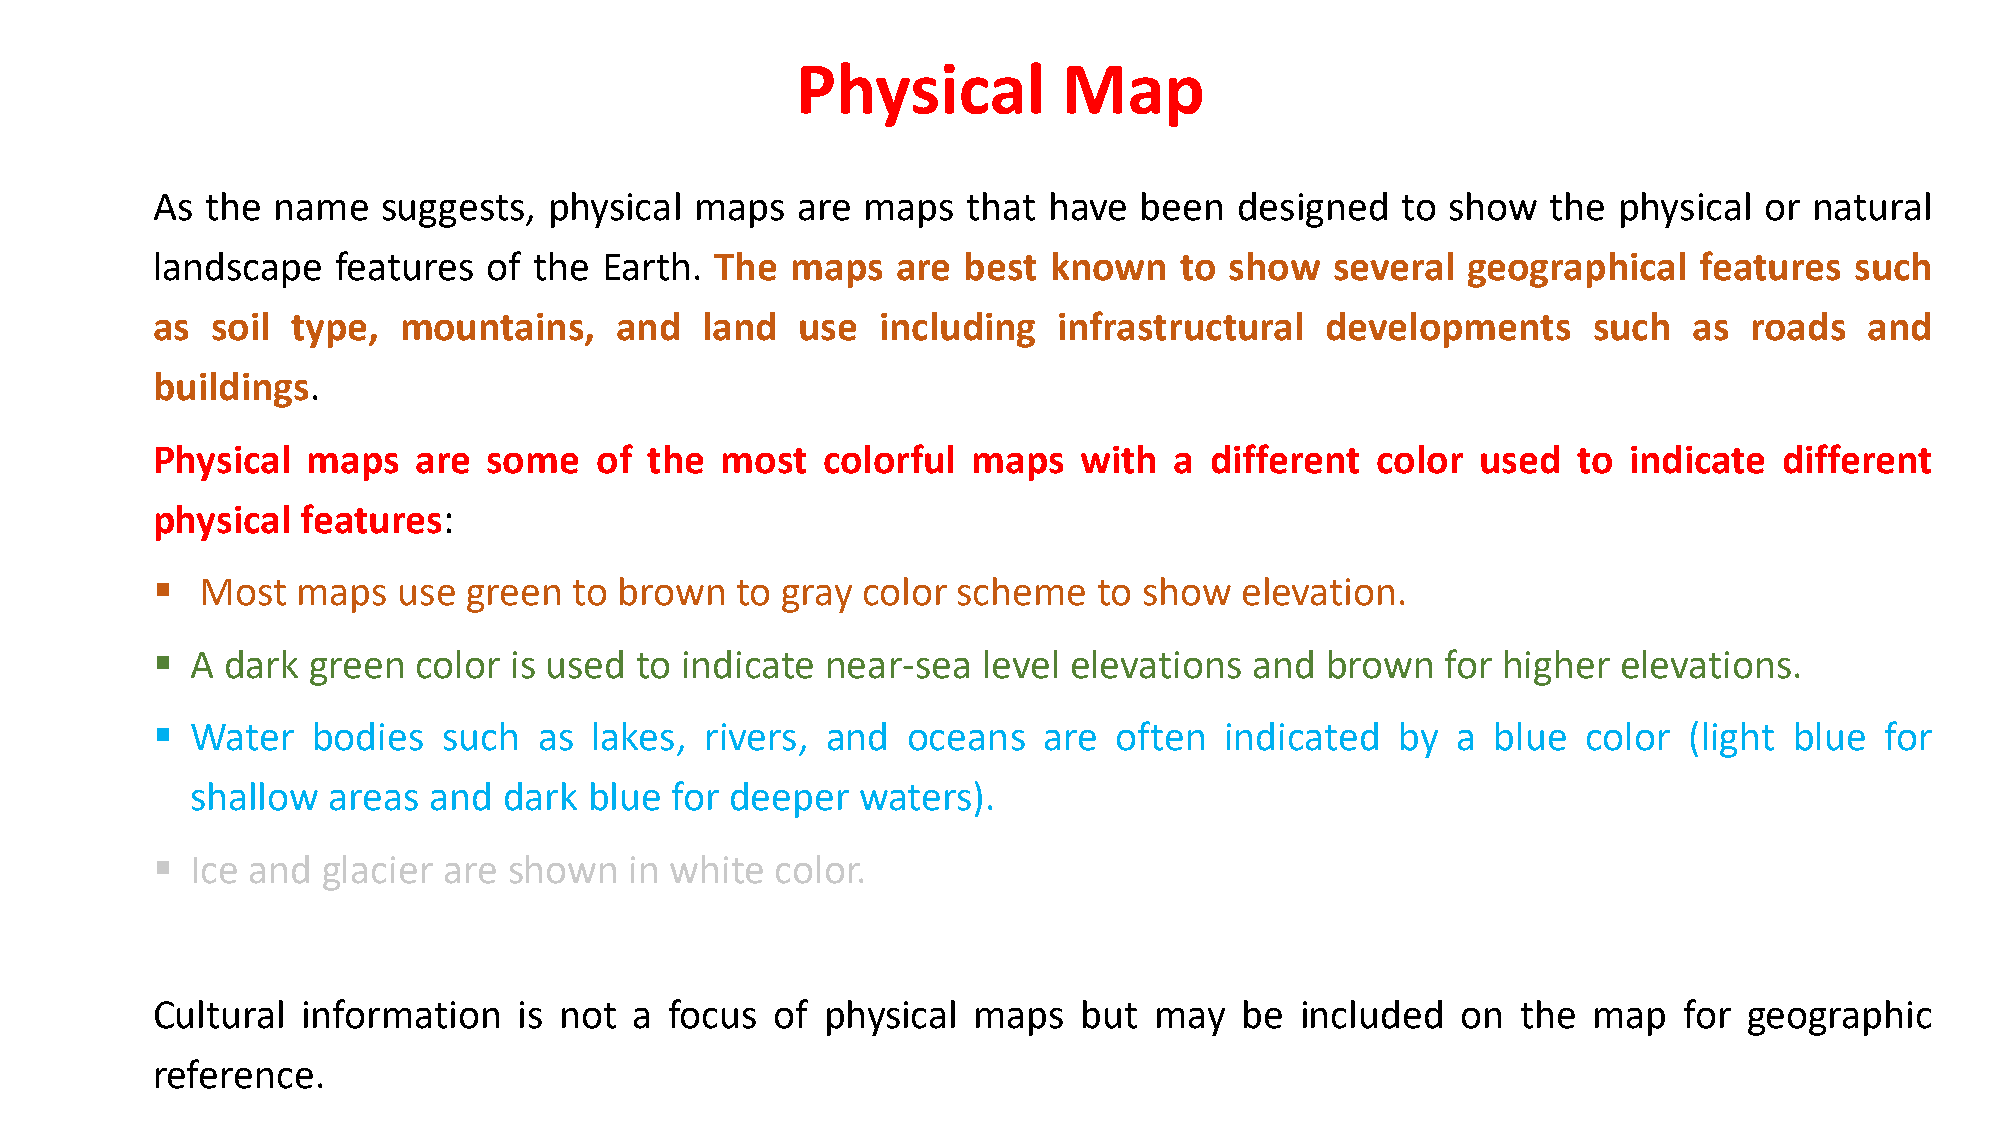
Physical         Map
 As  the name   suggests,  physical  maps   are maps   that have  been   designed   to show   the physical  or natural
 landscape   features  of the  Earth. The  maps   are  best known    to show   several  geographical   features   such
 as  soil type,  mountains,     and  land   use  including   infrastructural   developments     such   as  roads   and
 buildings.
 Physical  maps   are  some   of  the  most  colorful  maps   with   a different  color  used  to  indicate  different
 physical  features:
   Most   maps  use  green  to brown   to gray color scheme    to show  elevation.
   A dark green  color  is used to indicate  near-sea  level elevations  and  brown   for higher elevations.
   Water   bodies  such   as lakes,  rivers, and  oceans   are  often  indicated   by a  blue  color  (light blue  for
 shallow  areas and  dark  blue for deeper   waters).
   Ice and glacier are  shown   in white color.
 Cultural  information   is not  a focus  of physical  maps   but  may   be  included   on  the map   for  geographic
 reference.